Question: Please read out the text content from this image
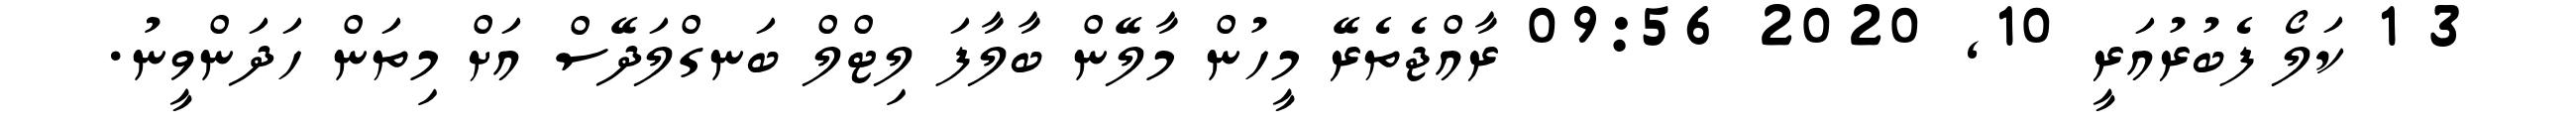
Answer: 3 1 ކަލޯ ފެބުރުއަރީ 10, 2020 09:56 ރާއްޖެތެރޭ މީހުން މާލޭން ބާލާފަ ލިޓްލް ބަނގްލަދޭސް އަށް މިތަން ހަދަންވީނު.